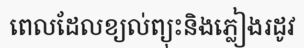
ពេលដែលខ្យល់ព្យុះនិងភ្លៀងរដូវ